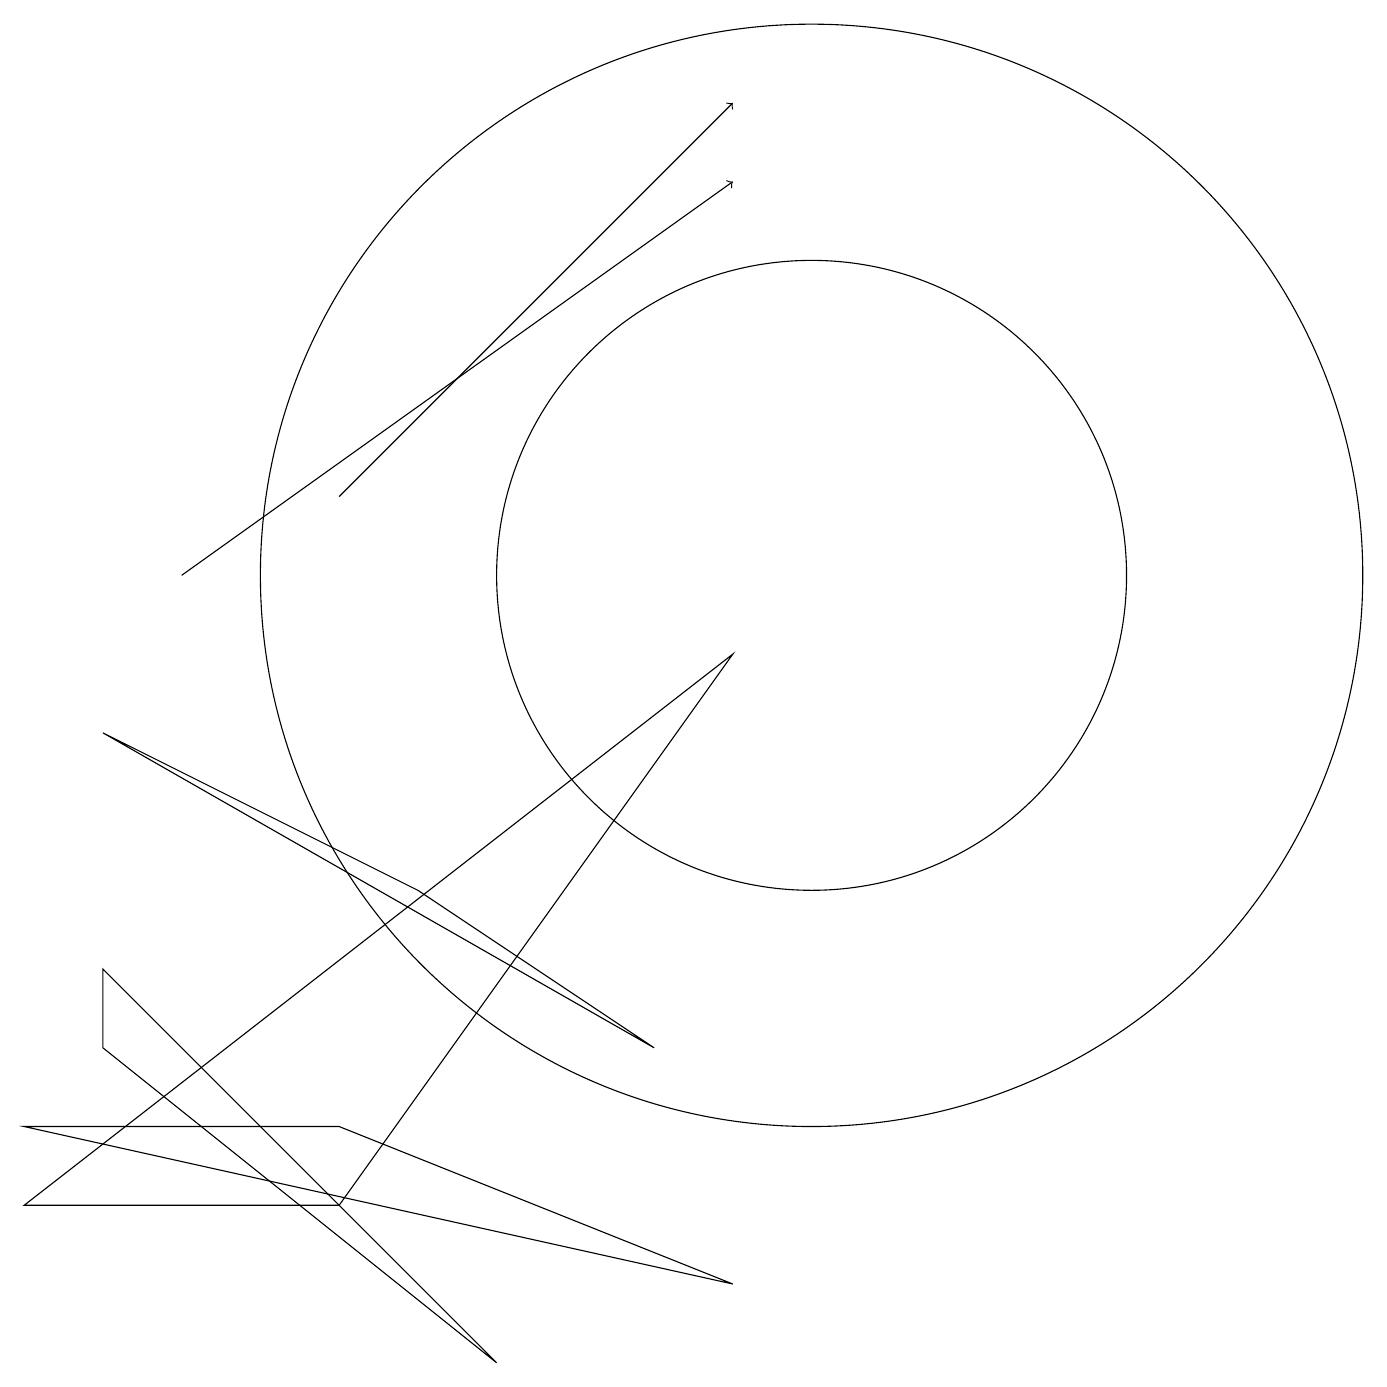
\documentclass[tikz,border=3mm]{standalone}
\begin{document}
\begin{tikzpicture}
\draw (5,6) -- (1,8) -- (8,4) -- cycle;
\draw (9,9) -- (0,2) -- (4,2) -- cycle;
\draw (4,3) -- (0,3) -- (9,1) -- cycle;
\draw[->] (2,10) -- (9,15);
\draw (6,0) -- (1,4) -- (1,5) -- cycle;
\draw (10,10) circle (4);
\draw (10,10) circle (7);
\draw[->] (4,11) -- (9,16);
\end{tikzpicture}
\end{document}